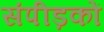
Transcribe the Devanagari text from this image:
संपीड़कों